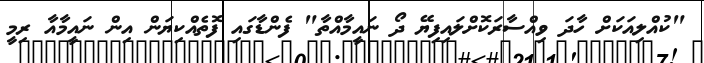
"ކުއްލިއަކަށް ހާދަ ވިއްސާރަކޮށްލައިފިޔޭ ދޯ ނައީމާއްތާ" ފެންޑާގައި ފޮތެއްކިޔަން އިން ނައީމާއާ ރިމީ